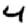
Digit: 4